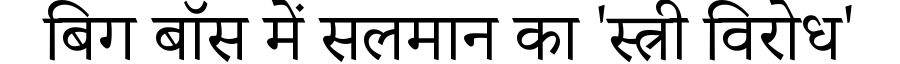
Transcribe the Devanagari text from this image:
बिग बॉस में सलमान का 'स्त्री विरोध'